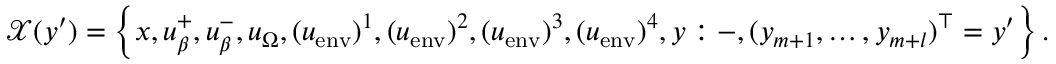
\mathcal { X } ( y ^ { \prime } ) = \left\{ x , u _ { \beta } ^ { + } , u _ { \beta } ^ { - } , u _ { \Omega } , ( u _ { \mathrm { e n v } } ) ^ { 1 } , ( u _ { \mathrm { e n v } } ) ^ { 2 } , ( u _ { \mathrm { e n v } } ) ^ { 3 } , ( u _ { \mathrm { e n v } } ) ^ { 4 } , y : - , ( y _ { m + 1 } , \ldots , y _ { m + l } ) ^ { \top } = y ^ { \prime } \right\} .